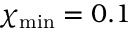
\chi _ { \mathrm { m i n } } = 0 . 1